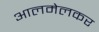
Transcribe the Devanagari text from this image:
आलमेलकर